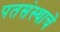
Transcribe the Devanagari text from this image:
पतसंस्थाचे